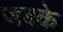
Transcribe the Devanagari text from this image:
जबके